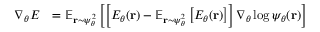
\begin{array} { r l } { \nabla _ { \theta } E } & { = \mathbb { E } _ { { \mathbf { r } } \sim \psi _ { \theta } ^ { 2 } } \left[ \left[ E _ { \theta } ( { \mathbf { r } } ) - \mathbb { E } _ { { \mathbf { r } } \sim \psi _ { \theta } ^ { 2 } } \left[ E _ { \theta } ( { \mathbf { r } } ) \right] \right] \nabla _ { \theta } \log \psi _ { \theta } ( { \mathbf { r } } ) \right] } \end{array}